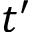
t ^ { \prime }